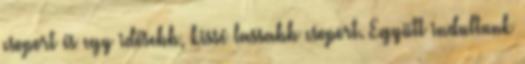
csoport és egy idősebb, kissé lassabb csoport. Együtt indultunk